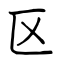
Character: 区